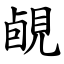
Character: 䚃